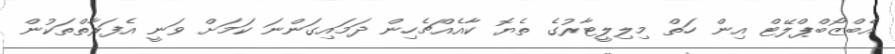
އެބްޒޯބްޕްލޭޓް އިން ހަތް މިލިލީޓާރުގެ ތެޔޮ ކާއެއްޗެހިން ދަމައިގަންނަ ކަމަށް ވަނީ އެފަރާތްތަކުން